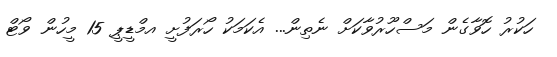
ހަކުރު ހޮވާގެން މަސްހޫރުވާކަށް ނެތިން... އެކަމަކު ހޯރަފުށީ އމްޑީޕީ 15 މީހުން ވޯޓް